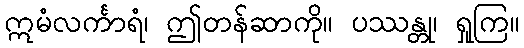
ဣမံလင်္ကာရံ၊ ဤတန်ဆာကို။ ပဿန္တု၊ ရှုကြ။